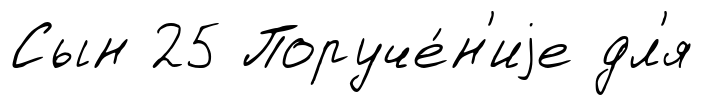
Сын 25 Поруче́н'иjе дл'я